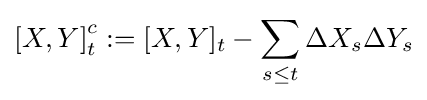
\left[X,Y\right]_{t}^{c}:=[X,Y]_{t}-\sum \limits _{s\leq t}\Delta X_{s}\Delta Y_{s}